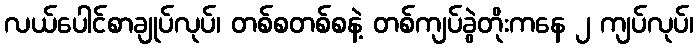
လယ်ပေါင်စာချုပ်လုပ်၊ တစ်စတစ်စနဲ့ တစ်ကျပ်ခွဲတိုးကနေ ၂ ကျပ်လုပ်၊